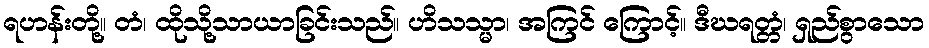
ရဟန်းတို့။ တံ၊ ထိုသို့သာယာခြင်းသည်။ ဟိသသ္မာ၊ အကြင် ကြောင့်။ ဒီဃရတ္တံ၊ ရှည်စွာသော